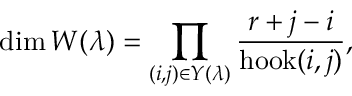
\dim W ( \lambda ) = \prod _ { ( i , j ) \in Y ( \lambda ) } { \frac { r + j - i } { \operatorname { h o o k } ( i , j ) } } ,